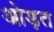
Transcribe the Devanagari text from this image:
ओड़त